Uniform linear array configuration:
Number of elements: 4
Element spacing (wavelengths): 1
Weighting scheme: exponential
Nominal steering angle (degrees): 45
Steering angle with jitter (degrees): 43.036
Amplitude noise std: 0.05
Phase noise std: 0.05

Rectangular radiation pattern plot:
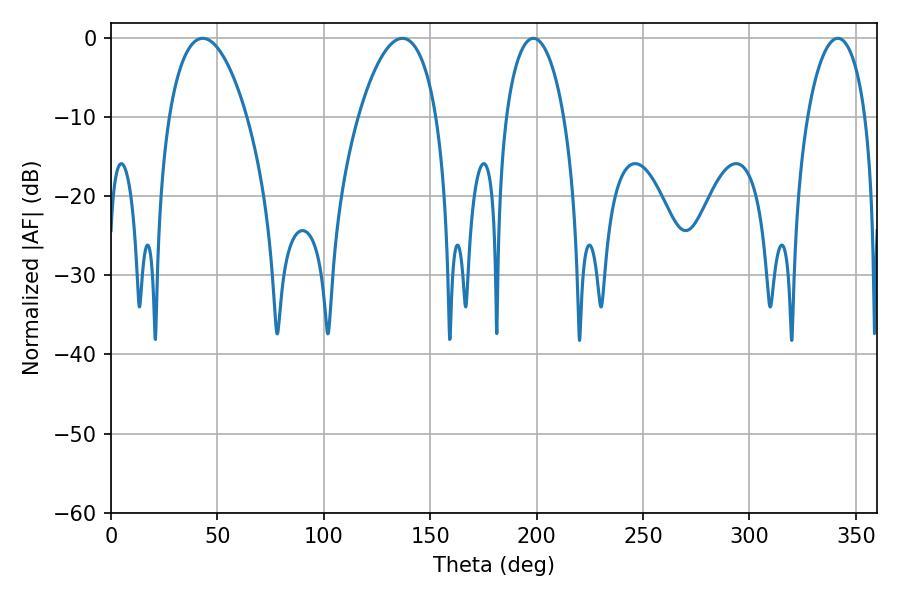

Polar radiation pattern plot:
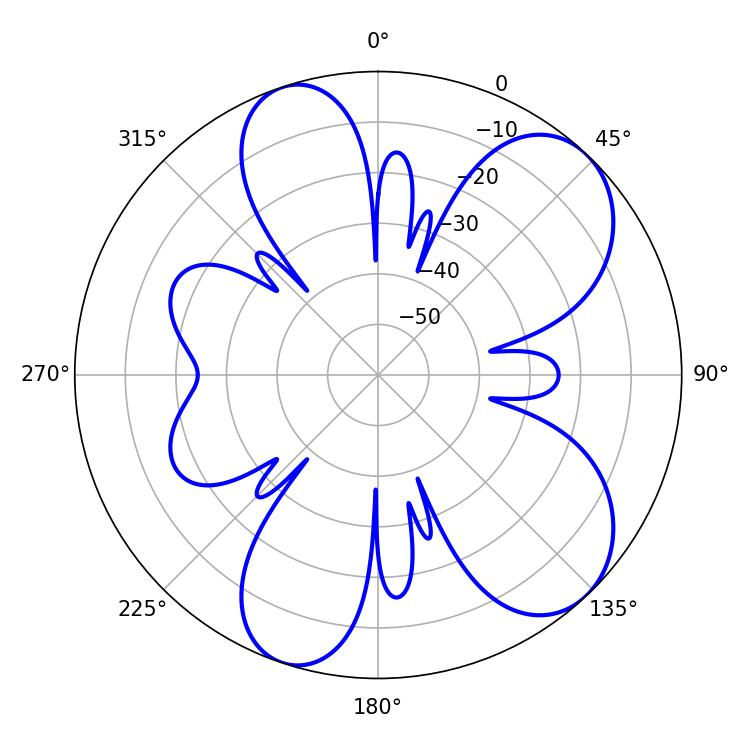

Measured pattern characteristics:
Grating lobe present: TRUE
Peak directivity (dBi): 7.859
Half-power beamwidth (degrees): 20.52
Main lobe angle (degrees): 43.02